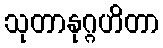
သုတာနုဂ္ဂဟိတာ